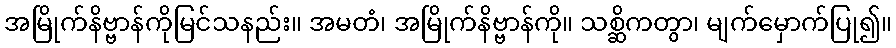
အမြိုက်နိဗ္ဗာန်ကိုမြင်သနည်း။ အမတံ၊ အမြိုက်နိဗ္ဗာန်ကို။ သစ္ဆိကတွာ၊ မျက်မှောက်ပြု၍။